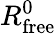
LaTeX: R_{\mathrm{free}}^{0}